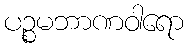
ပဉ္စမဘာဏဝါရော